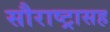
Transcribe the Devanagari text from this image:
सौराष्ट्रासह